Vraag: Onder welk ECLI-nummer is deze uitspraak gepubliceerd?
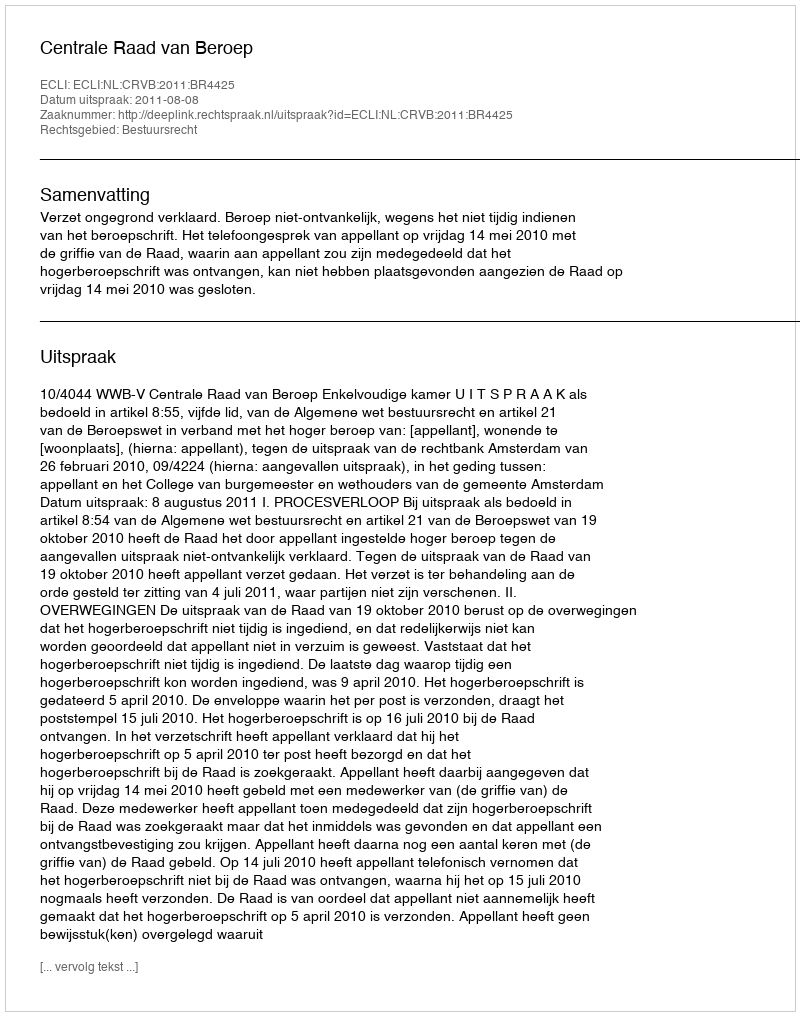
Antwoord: ECLI:NL:CRVB:2011:BR4425